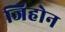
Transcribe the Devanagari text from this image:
जिहोन